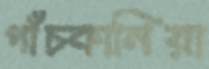
পাঁচকানিয়া